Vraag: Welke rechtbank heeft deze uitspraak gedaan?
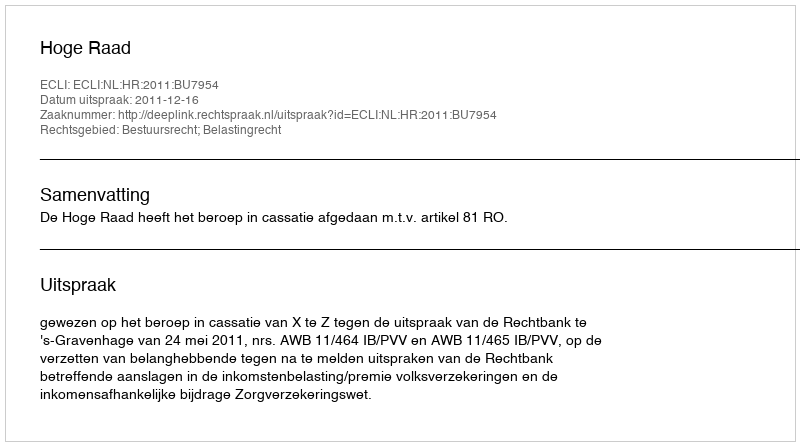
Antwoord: Hoge Raad